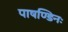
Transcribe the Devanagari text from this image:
पाषण्डिनः